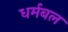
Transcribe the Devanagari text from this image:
धर्मबल